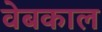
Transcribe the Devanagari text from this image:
वेबकाल